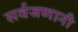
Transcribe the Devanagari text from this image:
सर्वजणानी